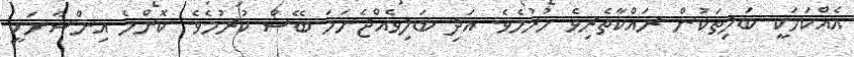
އެއްކަމަކީ ބަލިތަކުން ރައްކާތެރިވެ ހުރުމެވެ. އަދި ބަލިވެއްޖެނަމަ ބޭސް ކުރުމެވެ. ކޮންމެ އިންސާނަކީ